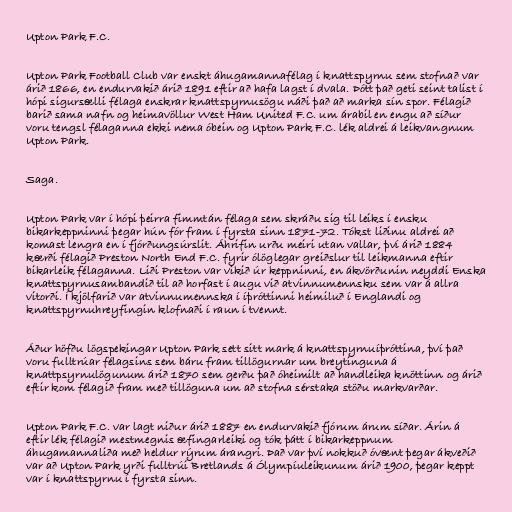
Upton Park F.C.

Upton Park Football Club var enskt áhugamannafélag í knattspyrnu sem stofnað var
árið 1866, en endurvakið árið 1891 eftir að hafa lagst í dvala. Þótt það geti seint talist í
hópi sigursælli félaga enskrar knattspyrnusögu náði það að marka sín spor. Félagið
barið sama nafn og heimavöllur West Ham United F.C. um árabil en engu að síður
voru tengsl félaganna ekki nema óbein og Upton Park F.C. lék aldrei á leikvangnum
Upton Park.

Saga.

Upton Park var í hópi þeirra fimmtán félaga sem skráðu sig til leiks í ensku
bikarkeppninni þegar hún fór fram í fyrsta sinn 1871-72. Tókst liðinu aldrei að
komast lengra en í fjórðungsúrslit. Áhrifin urðu meiri utan vallar, því árið 1884
kærði félagið Preston North End F.C. fyrir ólöglegar greiðslur til leikmanna eftir
bikarleik félaganna. Liði Preston var vikið úr keppninni, en ákvörðunin neyddi Enska
knattspyrnusambandið til að horfast í augu við atvinnumennsku sem var á allra
vitorði. Í kjölfarið var atvinnumennska í íþróttinni heimiluð í Englandi og
knattspyrnuhreyfingin klofnaði í raun í tvennt.

Áður höfðu lögspekingar Upton Park sett sitt mark á knattspyrnuíþróttina, því það
voru fulltrúar félagsins sem báru fram tillögurnar um breytinguna á
knattpsyrnulögunum árið 1870 sem gerðu það óheimilt að handleika knöttinn og árið
eftir kom félagið fram með tillöguna um að stofna sérstaka stöðu markvarðar.

Upton Park F.C. var lagt niður árið 1887 en endurvakið fjórum árum síðar. Árin á
eftir lék félagið mestmegnis æfingarleiki og tók þátt í bikarkeppnum
áhugamannaliða með heldur rýrum árangri. Það var því nokkuð óvænt þegar ákveðið
var að Upton Park yrði fulltrúi Bretlands á Ólympíuleikunum árið 1900, þegar keppt
var í knattspyrnu í fyrsta sinn.